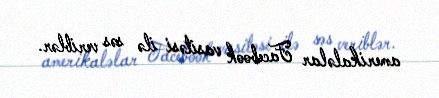
amerikaləlar Facebook vasitəsi ilə səs veriblər.